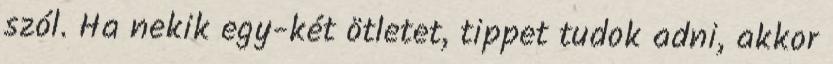
szól. Ha nekik egy-két ötletet, tippet tudok adni, akkor